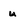
Character: u